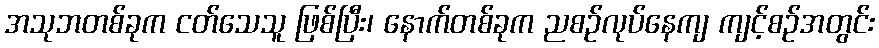
အသုဘတစ်ခုက ငတ်သေသူ ဖြစ်ပြီး၊ နောက်တစ်ခုက ညစဉ်လုပ်နေကျ ကျင့်စဉ်အတွင်း